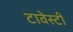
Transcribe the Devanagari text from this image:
टावेस्टी